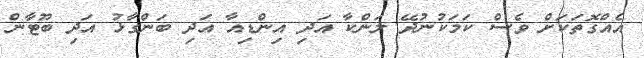
އެއްގޮތަކަށް ވެސް ކަމަކުނުދޭ ލަންކާ އަދި އިންޑިއާ އަދި ބަންގާޅު އަދި ބޫޓާން